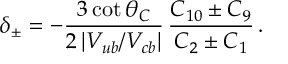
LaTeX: \delta _ { \pm } = - \frac { 3 \cot \theta _ { C } } { 2 \, | V _ { u b } / V _ { c b } | } \, \frac { C _ { 1 0 } \pm C _ { 9 } } { C _ { 2 } \pm C _ { 1 } } \, .